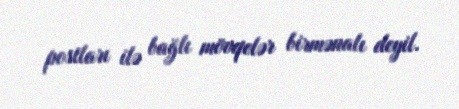
postları ilə bağlı mövqelər birmənalı deyil.